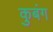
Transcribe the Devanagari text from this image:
कुबंग